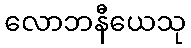
လောဘနီယေသု